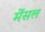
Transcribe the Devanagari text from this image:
मेंसल